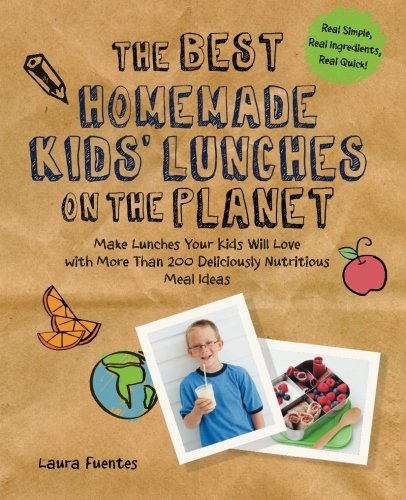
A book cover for The Best Homemade Kids' Lunches on the Planet: Make Lunches Your Kids Will Love with More Than 200 Deliciously Nutritious Meal Ideas; Laura Fuentes; Cookbooks, Food & Wine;